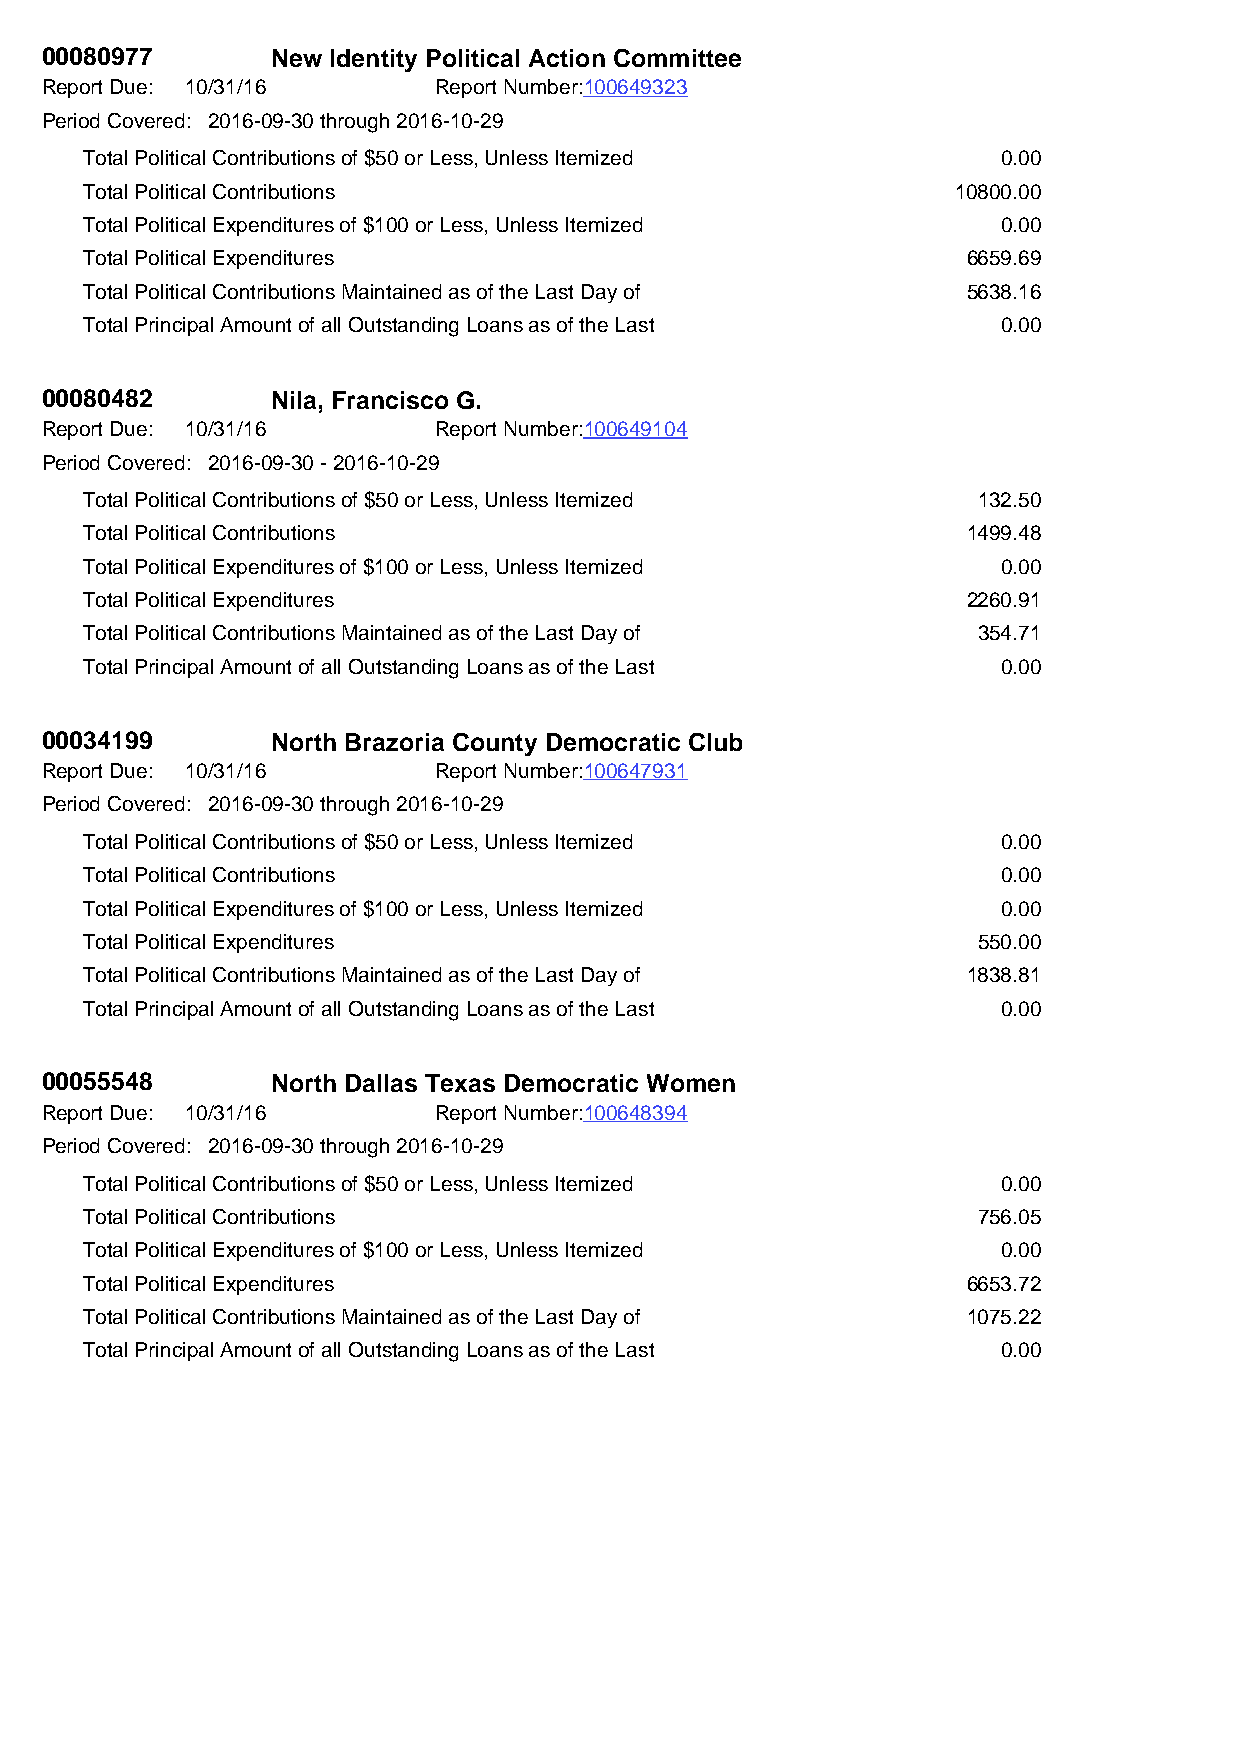
00080977       New Identity Political Action Committee
 Report Due: 10/31/16      Report Number:100649323
 Period Covered: 2016-09-30 through 2016-10-29
 Total Political Contributions of $50 or Less, Unless Itemized 0.00
 Total Political Contributions                            10800.00
 Total Political Expenditures of $100 or Less, Unless Itemized 0.00
 Total Political Expenditures                              6659.69
 Total Political Contributions Maintained as of the Last Day of 5638.16
 Total Principal Amount of all Outstanding Loans as of the Last 0.00
 00080482       Nila, Francisco G.
 Report Due: 10/31/16      Report Number:100649104
 Period Covered: 2016-09-30 - 2016-10-29
 Total Political Contributions of $50 or Less, Unless Itemized 132.50
 Total Political Contributions                             1499.48
 Total Political Expenditures of $100 or Less, Unless Itemized 0.00
 Total Political Expenditures                              2260.91
 Total Political Contributions Maintained as of the Last Day of 354.71
 Total Principal Amount of all Outstanding Loans as of the Last 0.00
 00034199       North Brazoria County Democratic Club
 Report Due: 10/31/16      Report Number:100647931
 Period Covered: 2016-09-30 through 2016-10-29
 Total Political Contributions of $50 or Less, Unless Itemized 0.00
 Total Political Contributions                               0.00
 Total Political Expenditures of $100 or Less, Unless Itemized 0.00
 Total Political Expenditures                               550.00
 Total Political Contributions Maintained as of the Last Day of 1838.81
 Total Principal Amount of all Outstanding Loans as of the Last 0.00
 00055548       North Dallas Texas Democratic Women
 Report Due: 10/31/16      Report Number:100648394
 Period Covered: 2016-09-30 through 2016-10-29
 Total Political Contributions of $50 or Less, Unless Itemized 0.00
 Total Political Contributions                              756.05
 Total Political Expenditures of $100 or Less, Unless Itemized 0.00
 Total Political Expenditures                              6653.72
 Total Political Contributions Maintained as of the Last Day of 1075.22
 Total Principal Amount of all Outstanding Loans as of the Last 0.00